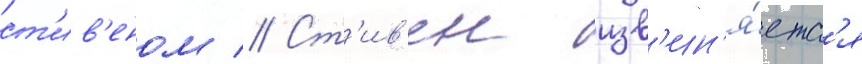
ст'ив'еном // Ст'ив'ен изв'ин'я́етс'я